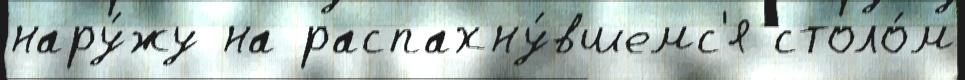
нару́жу на распахну́вшемс'я столо́м